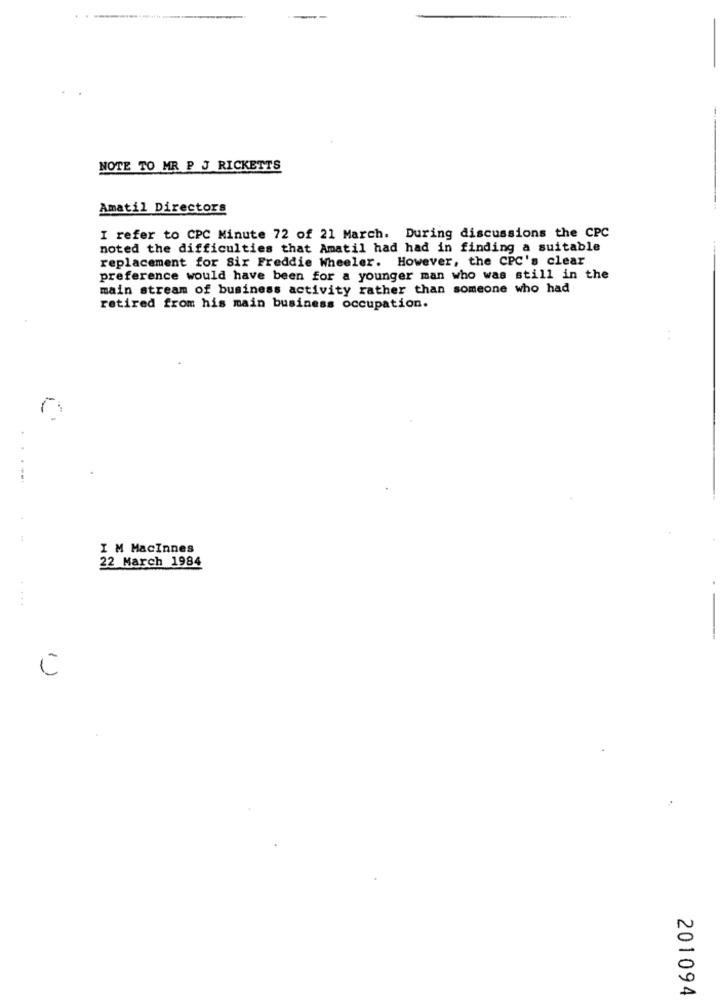
NOTE TO MR P J RICKETTS
Amatil Directors
I refer to CPC Minute 72 of 21 March. During discussions the CPC
noted the difficulties that Amatil had had in finding a suitable
replacement for Six Freddie Wheeler. However, the CPC's clear
preference would have been for a younger man who was still in the
main stream of business activity rather than someone who had
retired from his main business occupation.
..
1
I M MacInnes
22 March 1984
C
201094